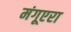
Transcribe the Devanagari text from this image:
मंगूएरा